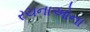
રચનાઓના